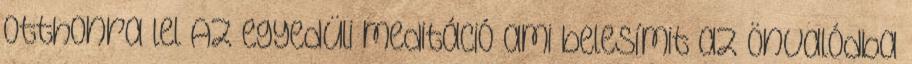
otthonra lel Az egyedüli meditáció ami belesímit az Önvalódba